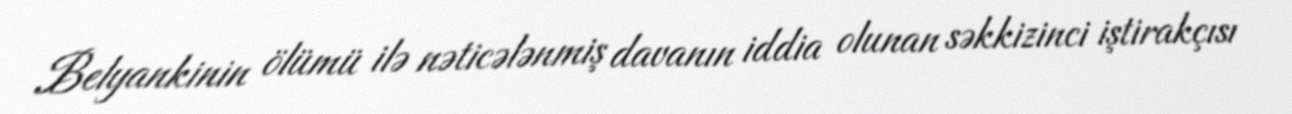
Belyankinin ölümü ilə nəticələnmiş davanın iddia olunan səkkizinci iştirakçısı